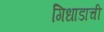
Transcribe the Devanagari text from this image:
गिधाडाची